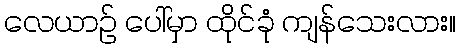
လေယာဉ် ပေါ်မှာ ထိုင်ခုံ ကျန်သေးလား။